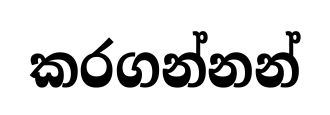
කරගන්නන්